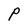
Character: P